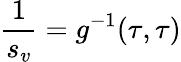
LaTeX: \frac 1{s_{v}}=g^{-1}(\tau,\tau)